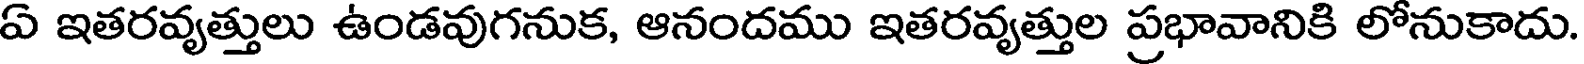
ఏ ఇతరవ్యత్తులు ఉండవుగనుక, ఆనందము ఇతరవ్యత్తుల ప్రభావానికి లోనుకాదు.